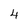
Character: 4